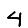
Digit: 4